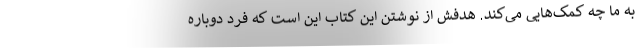
به ما چه کمک‌هایی می‌کند. هدفش از نوشتن این کتاب این است که فرد دوباره